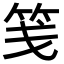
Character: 笺